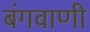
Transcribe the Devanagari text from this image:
बंगवाणी